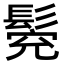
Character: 𩭕